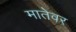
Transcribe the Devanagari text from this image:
मातेवर